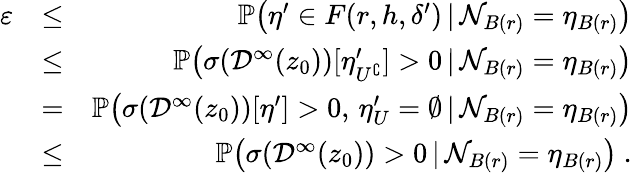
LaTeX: \begin{array}{rlr}{\varepsilon}&{\leq}&{{\mathbb P}\big(\eta^{\prime}\in F(r,h,\delta^{\prime})\, |\, {\mathcal{N}}_{B(r)}=\eta_{B(r)}\big)}\\ &{\leq}&{{\mathbb P}\big(\sigma(\mathcal{D}^{\infty}(z_{0}))[\eta_{U^{\complement}}^{\prime}]>0\, |\, {\mathcal{N}}_{B(r)}=\eta_{B(r)}\big)}\\ &{=}&{{\mathbb P}\big(\sigma(\mathcal{D}^{\infty}(z_{0}))[\eta^{\prime}]>0,\, \eta_{U}^{\prime}=\emptyset\, |\, {\mathcal{N}}_{B(r)}=\eta_{B(r)}\big)}\\ &{\leq}&{{\mathbb P}\big(\sigma(\mathcal{D}^{\infty}(z_{0}))>0\, |\, {\mathcal{N}}_{B(r)}=\eta_{B(r)}\big)~.}\end{array}